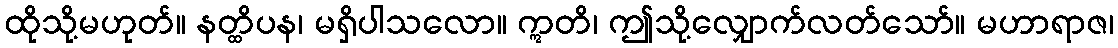
ထိုသို့မဟုတ်။ နတ္ထိပန၊ မရှိပါသလော။ ဣတိ၊ ဤသို့လျှောက်လတ်သော်။ မဟာရာဇ၊